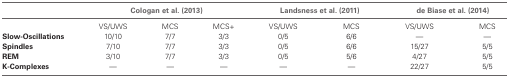
<table><thead><tr><td></td><td colspan="3"><b>Cologan et al. (2013)</b></td><td colspan="2"><b>Landsness et al. (2011)</b></td><td colspan="2"><b>de Biase et al. (2014)</b></td></tr></thead><tbody><tr><td></td><td>VS/UWS</td><td>MCS</td><td>MCS+</td><td>VS/UWS</td><td>MCS</td><td>VS/UWS</td><td>MCS</td></tr><tr><td><b>Slow-Oscillations</b></td><td>10/10</td><td>7/7</td><td>3/3</td><td>0/5</td><td>6/6</td><td>—</td><td>—</td></tr><tr><td><b>Spindles</b></td><td>7/10</td><td>7/7</td><td>3/3</td><td>0/5</td><td>6/6</td><td>15/27</td><td>5/5</td></tr><tr><td><b>REM</b></td><td>3/10</td><td>7/7</td><td>3/3</td><td>0/5</td><td>5/6</td><td>4/27</td><td>5/5</td></tr><tr><td><b>K-Complexes</b></td><td>—</td><td>—</td><td>—</td><td>—</td><td>—</td><td>22/27</td><td>5/5</td></tr></tbody></table>